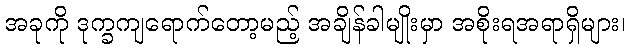
အခုကို ဒုက္ခကျရောက်တော့မည့် အချိန်ခါမျိုးမှာ အစိုးရအရာရှိများ၊